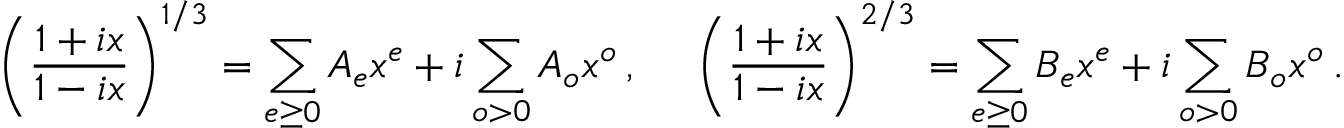
\left( \frac { 1 + i x } { 1 - i x } \right) ^ { 1 / 3 } = \sum _ { e \geq 0 } A _ { e } x ^ { e } + i \sum _ { o > 0 } A _ { o } x ^ { o } \, , ~ ~ ~ ~ \left( \frac { 1 + i x } { 1 - i x } \right) ^ { 2 / 3 } = \sum _ { e \geq 0 } B _ { e } x ^ { e } + i \sum _ { o > 0 } B _ { o } x ^ { o } \, .